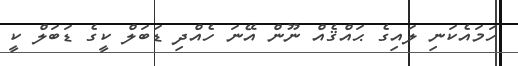
ހަމައެކަނި ލައިގެ ޙައްޤެއް ނޫން އޭނަ ހެއްދި ޑަބަލް ކީގެ ޑަބަލް ކީ